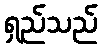
ရှည်သည်